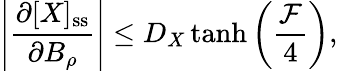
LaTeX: \left|\frac{\partial[X]_{\mathrm{ss}}}{\partial B_{\rho}}\right|\leq D_{X}\operatorname{tanh}\left(\frac{\mathcal{F}}{4}\right),